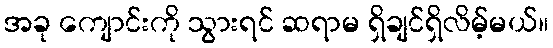
အခု ကျောင်းကို သွားရင် ဆရာမ ရှိချင်ရှိလိမ့်မယ်။